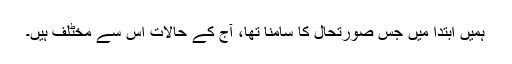
ہمیں ابتدا میں جس صورتحال کا سامنا تھا، آج کے حالات اس سے مخٹلف ہیں۔